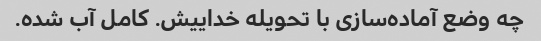
چه وضع آماده‌سازی با تحویله خداییش. کامل آب شده.